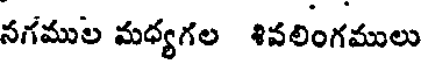
నగముల మధ్యగల శివలింగములు